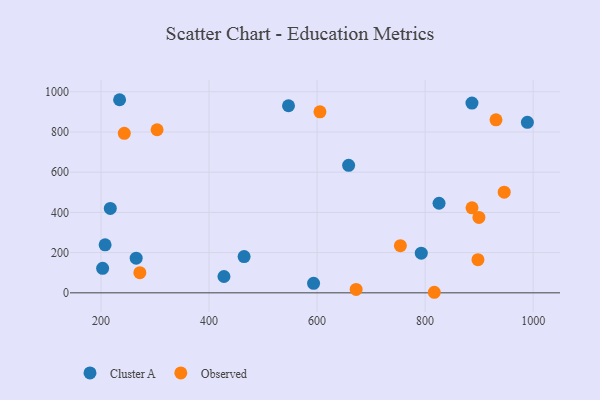
{"axis": {"x": "Experience", "y": "Salary"}, "legend": ["Cluster A", "Observed"], "data": [{"x": "234.4", "y": 960.4, "type": "Cluster A"}, {"x": "658.4", "y": 634.2, "type": "Cluster A"}, {"x": "792.9", "y": 197.2, "type": "Cluster A"}, {"x": "217.2", "y": 419.6, "type": "Cluster A"}, {"x": "464.9", "y": 180.4, "type": "Cluster A"}, {"x": "427.6", "y": 81.2, "type": "Cluster A"}, {"x": "207.6", "y": 238.7, "type": "Cluster A"}, {"x": "593.5", "y": 47.4, "type": "Cluster A"}, {"x": "886.7", "y": 943.8, "type": "Cluster A"}, {"x": "825.8", "y": 445.5, "type": "Cluster A"}, {"x": "203.0", "y": 122.1, "type": "Cluster A"}, {"x": "989.3", "y": 848.1, "type": "Cluster A"}, {"x": "547.1", "y": 930.5, "type": "Cluster A"}, {"x": "265.1", "y": 172.5, "type": "Cluster A"}, {"x": "243.1", "y": 793.1, "type": "Observed"}, {"x": "754.2", "y": 234.5, "type": "Observed"}, {"x": "271.9", "y": 100.4, "type": "Observed"}, {"x": "946.4", "y": 500.7, "type": "Observed"}, {"x": "886.8", "y": 422.8, "type": "Observed"}, {"x": "899.6", "y": 375.0, "type": "Observed"}, {"x": "931.2", "y": 860.5, "type": "Observed"}, {"x": "303.8", "y": 811.0, "type": "Observed"}, {"x": "605.3", "y": 900.2, "type": "Observed"}, {"x": "817.0", "y": 2.8, "type": "Observed"}, {"x": "897.8", "y": 165.0, "type": "Observed"}, {"x": "672.3", "y": 17.2, "type": "Observed"}]}